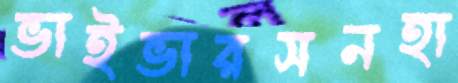
ভাইভারসনহা